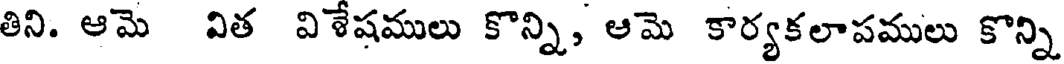
తిని. ఆమె విత విశేషములు కొన్ని, ఆమె కార్యకలాపములు కొన్ని